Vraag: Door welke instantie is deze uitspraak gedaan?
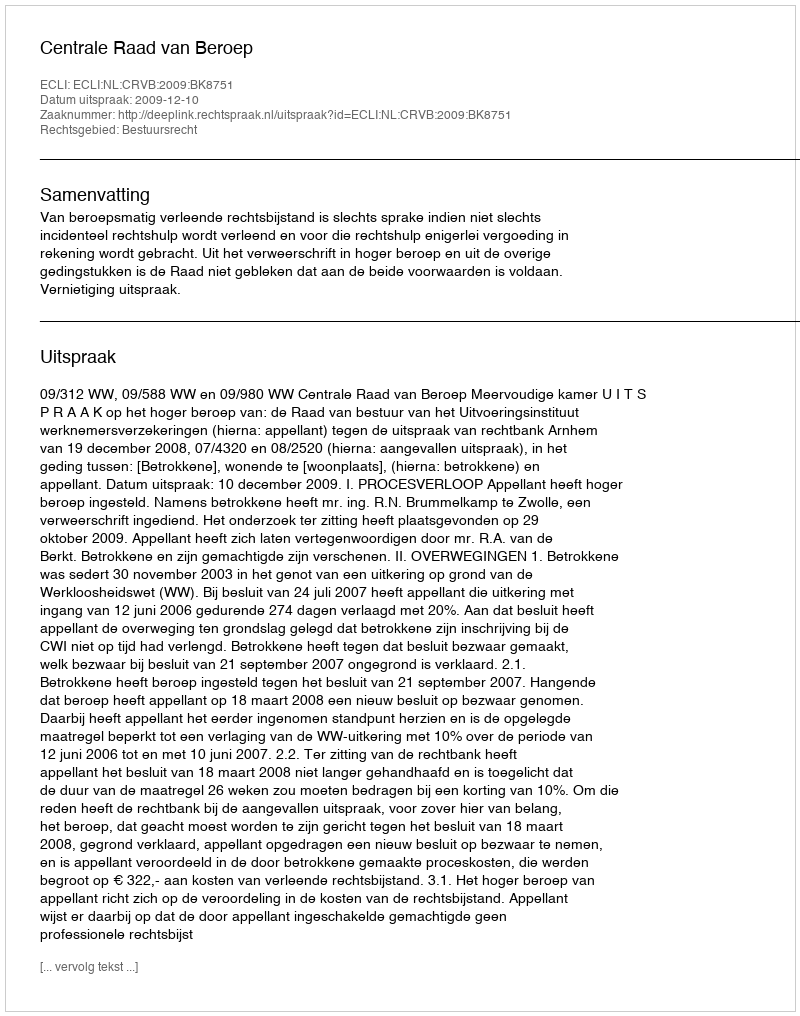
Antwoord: Centrale Raad van Beroep